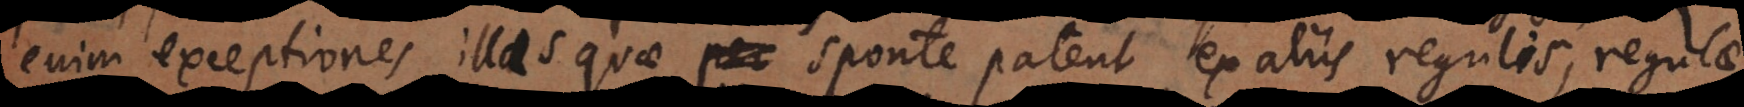
enim exceptiones illas quae sponte patent ex aliis regulis, regulae